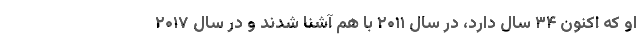
او که اکنون ۳۴ سال دارد، در سال ۲۰۱۱ با هم آشنا شدند و در سال ۲۰۱۷